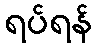
ရပ်ရန်